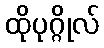
ထိုပုဂ္ဂိုလ်